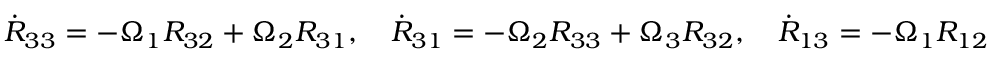
\begin{array} { r } { \dot { R } _ { 3 3 } = - \Omega _ { 1 } R _ { 3 2 } + \Omega _ { 2 } R _ { 3 1 } , \quad \dot { R } _ { 3 1 } = - \Omega _ { 2 } R _ { 3 3 } + \Omega _ { 3 } R _ { 3 2 } , \quad \dot { R } _ { 1 3 } = - \Omega _ { 1 } R _ { 1 2 } + \Omega _ { 2 } R _ { 1 1 } . } \end{array}